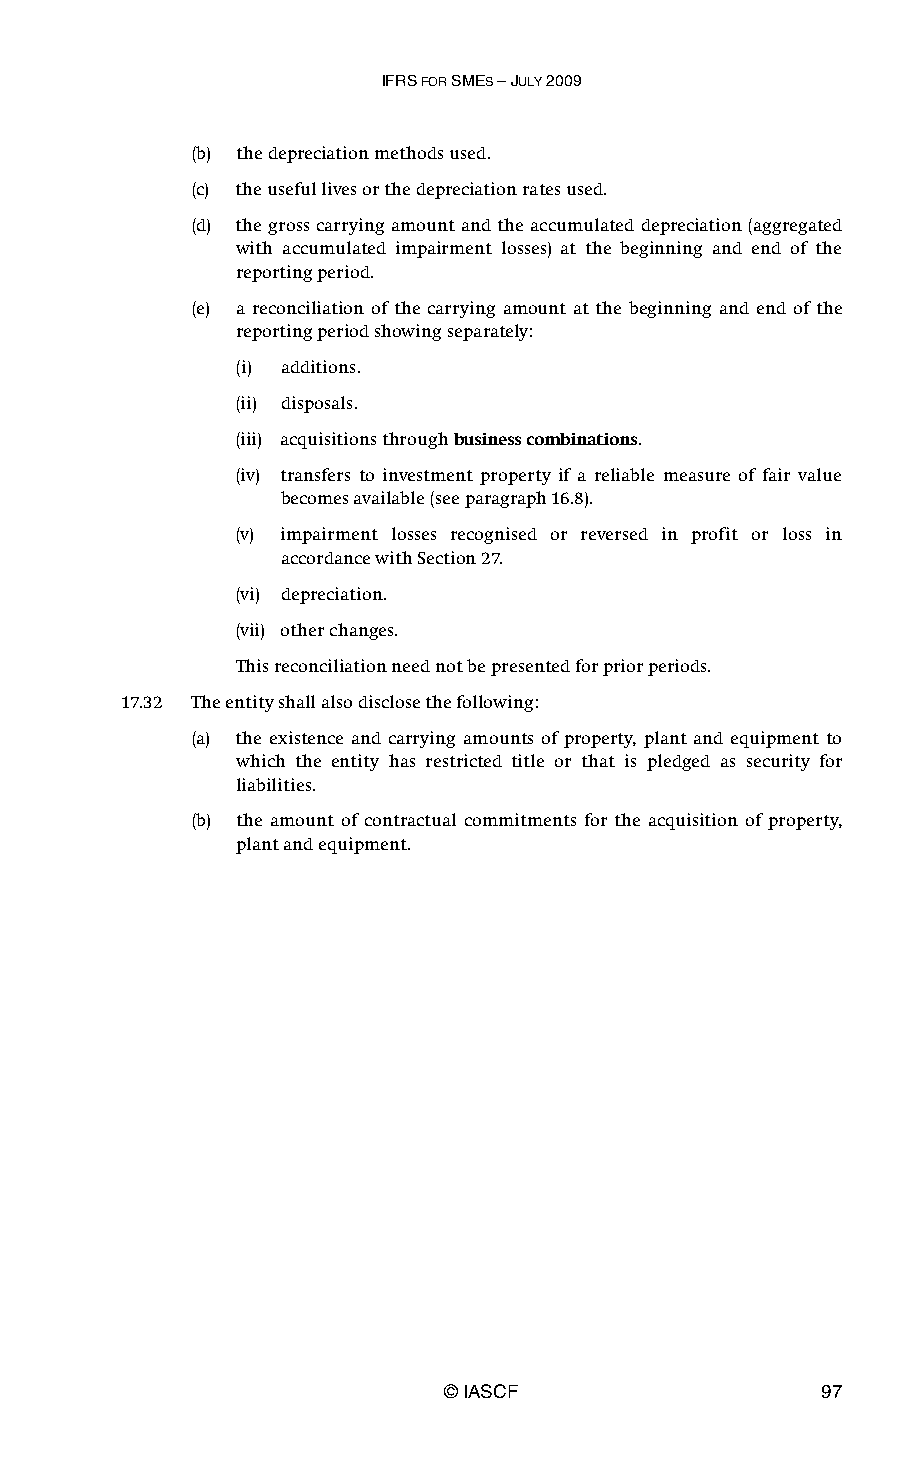
IFRS FOR SMES – JULY 2009
 (b) the depreciation methods used.
 (c) the useful lives or the depreciation rates used.
 (d) the gross carrying amount and the accumulated depreciation (aggregated
 with accumulated impairment losses) at the beginning and end of the
 reporting period.
 (e) a reconciliation of the carrying amount at the beginning and end of the
 reporting period showing separately:
 (i) additions.
 (ii) disposals.
 (iii) acquisitions through business combinations.
 (iv) transfers to investment property if a reliable measure of fair value
 becomes available (see paragraph 16.8).
 (v) impairment losses recognised or reversed in profit or loss in
 accordance with Section 27.
 (vi) depreciation.
 (vii) other changes.
 This reconciliation need not be presented for prior periods.
 17.32 The entity shall also disclose the following:
 (a) the existence and carrying amounts of property, plant and equipment to
 which the entity has restricted title or that is pledged as security for
 liabilities.
 (b) the amount of contractual commitments for the acquisition of property,
 plant and equipment.
 © IASCF                  97